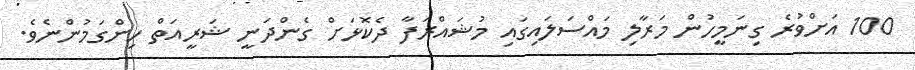
100 އަށްވުރެ ގިނަމީހުން މަރާލި މައްސަލައިގައި މުޝައްރަފާ ދެކޮޅަށް ގެންދަނީ ޝަރީއަތް ހިންގަމުންނެވެ.